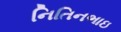
નિતિનભાઇ